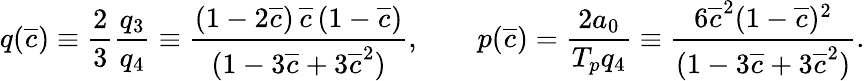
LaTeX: \begin{array}{ccc}{\displaystyle{q(\overline{{c}})\equiv\frac{2}{3}\frac{q_{3}}{q_{4}}\equiv\frac{(1-2\overline{{c}})\, \overline{{c}}\, (1-\overline{{c}})}{(1-3\overline{{c}}+3\overline{{c}}^{2})},\qquad p(\overline{{c}})=\frac{2a_{0}}{T_{p}q_{4}}\equiv\frac{6\overline{{c}}^{2}(1-\overline{{c}})^{2}}{(1-3\overline{{c}}+3\overline{{c}}^{2})}.}}\end{array}